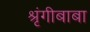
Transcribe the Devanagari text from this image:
श्रृंगीबाबा